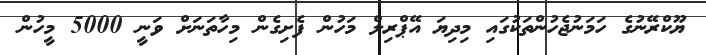
ޔޫކްރޭނުގެ ހަމަނުޖެހުންތަކުގައި މިދިޔަ އޭޕްރިލް މަހުން ފެށިގެން މިހާތަނަށް ވަނީ 5000 މީހުން